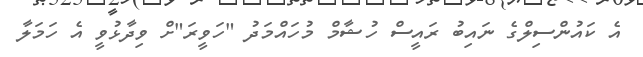
އެ ކައުންސިލްގެ ނައިބު ރައީސް ހުޝާމް މުހައްމަދު "ހަވީރަ"ށް ވިދާޅުވީ އެ ހަމަލާ